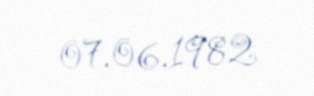
07.06.1982